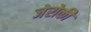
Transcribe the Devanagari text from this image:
जेरोकी